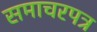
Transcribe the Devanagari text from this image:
समाचरपत्र